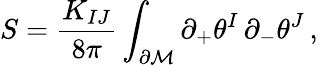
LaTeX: S=\frac{K_{IJ}}{8\pi}\int_{\partial\cal M}\partial_{+}\theta^{I}\, \partial_{-}\theta^{J}\, ,